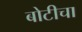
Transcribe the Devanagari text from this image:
बोटीचा